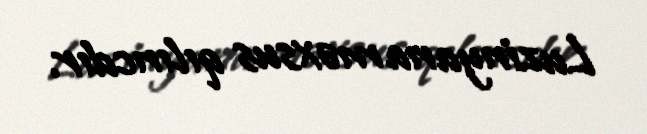
Luzinyana məxsus qılıncdır.